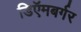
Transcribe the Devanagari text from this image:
डिऍमबर्गर